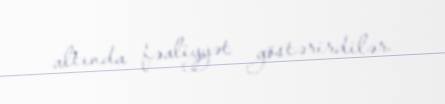
altında fəaliyyət göstərirdilər.